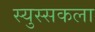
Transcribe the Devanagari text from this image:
स्युस्सकला